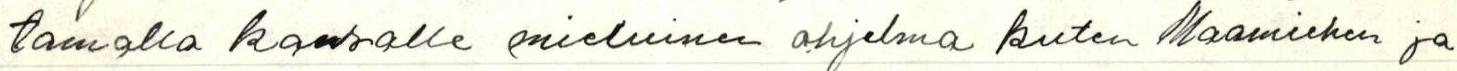
tamalla kansalle mieluinen ohjelma kuten Maamiehen ja